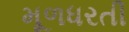
મૂળધરતી